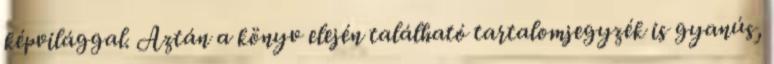
képvilággal. Aztán a könyv elején található tartalomjegyzék is gyanús,